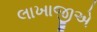
લાખાજીએ